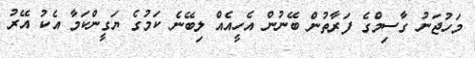
މަހުޖަނު ގާސިމްގެ ފަރާތުން ބޭނުން އެހީއެއް ލިބޭނެ ކަމުގެ ޔަގީންކަމާ އެކު އޭރު